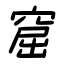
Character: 窟